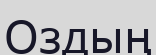
Оздың